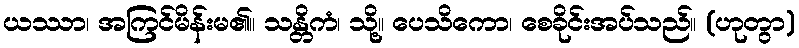
ယဿာ၊ အကြင်မိန်းမ၏။ သန္တိကံ၊ သို့။ ပေသိကော၊ စေခိုင်းအပ်သည်။ (ဟုတွာ)